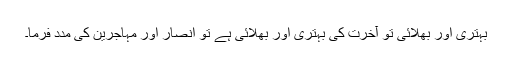
بہتری اور بھلائی تو آخرت کی بہتری اور بھلائی ہے تو انصار اور مہاجرین کی مدد فرما۔